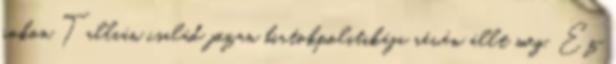
rokon Tallián család józan birtokpolitikája révén állt meg. Ez